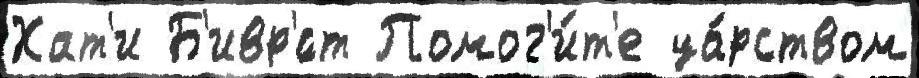
Хат'и Б'ивр'́ст Помог'и́т'е ца́рством